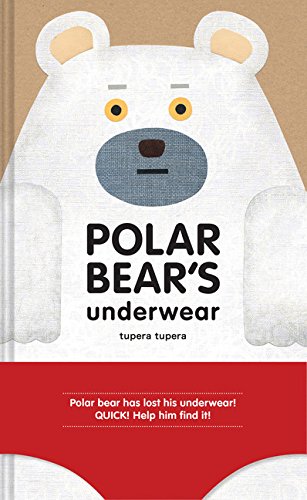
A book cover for Polar Bear's Underwear; Tupera Tupera; Children's Books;